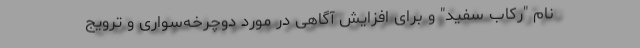
نام "رکاب سفید" و برای افزایش آگاهی در مورد دوچرخه‌‌سواری و ترویج